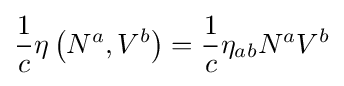
{\frac {1}{c}}\eta \left(N^{a},V^{b}\right)={\frac {1}{c}}\eta _{ab}N^{a}V^{b}